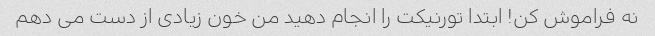
نه فراموش کن! ابتدا تورنیکت را انجام دهید من خون زیادی از دست می دهم